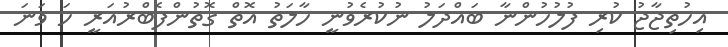
އިހުތިޖާޖު ކުރި ފުލުހުންނާ ބައްދަލު ނުކުރެވުނީ ހާލަތު އޮތް ގޮތުންފެބްރުއަރީ ހަ ވަނަ